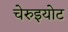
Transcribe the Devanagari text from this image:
चेरुइयोट